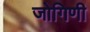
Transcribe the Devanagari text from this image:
जोगिणी